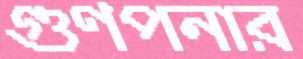
গুণপনার